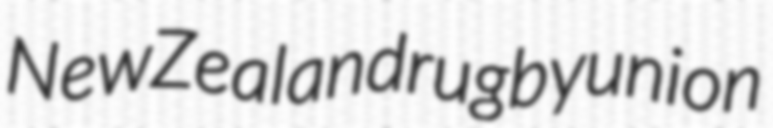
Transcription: New Zealand rugby union